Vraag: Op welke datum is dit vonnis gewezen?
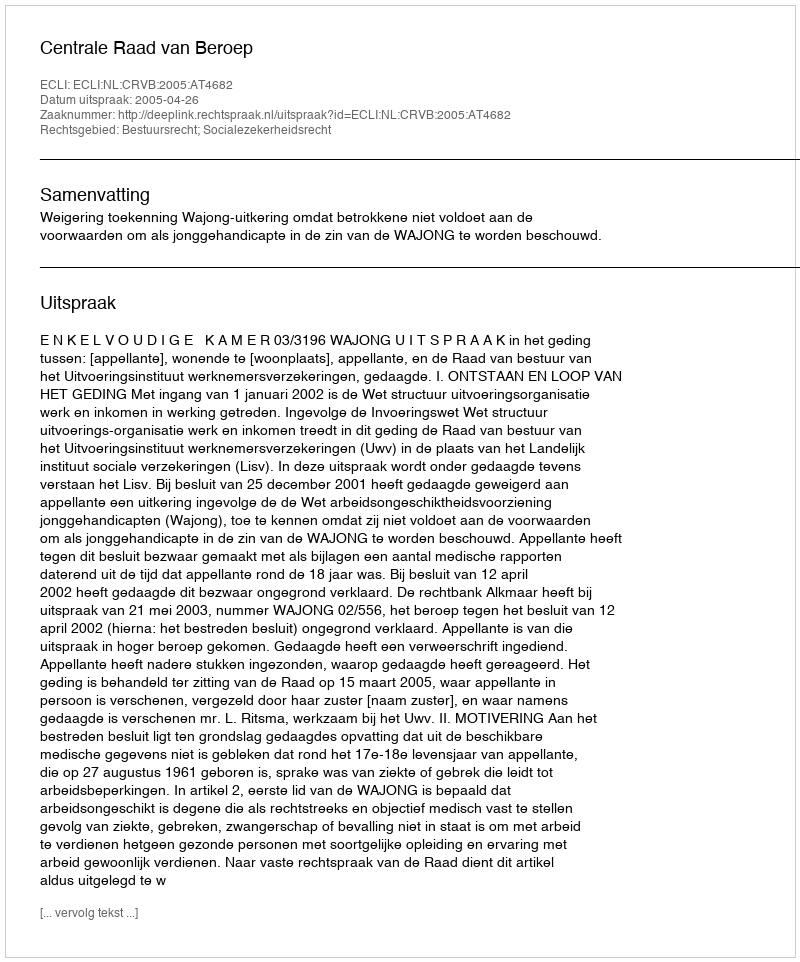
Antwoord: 2005-04-26